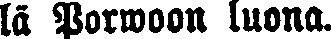
lä Porwoon luona.